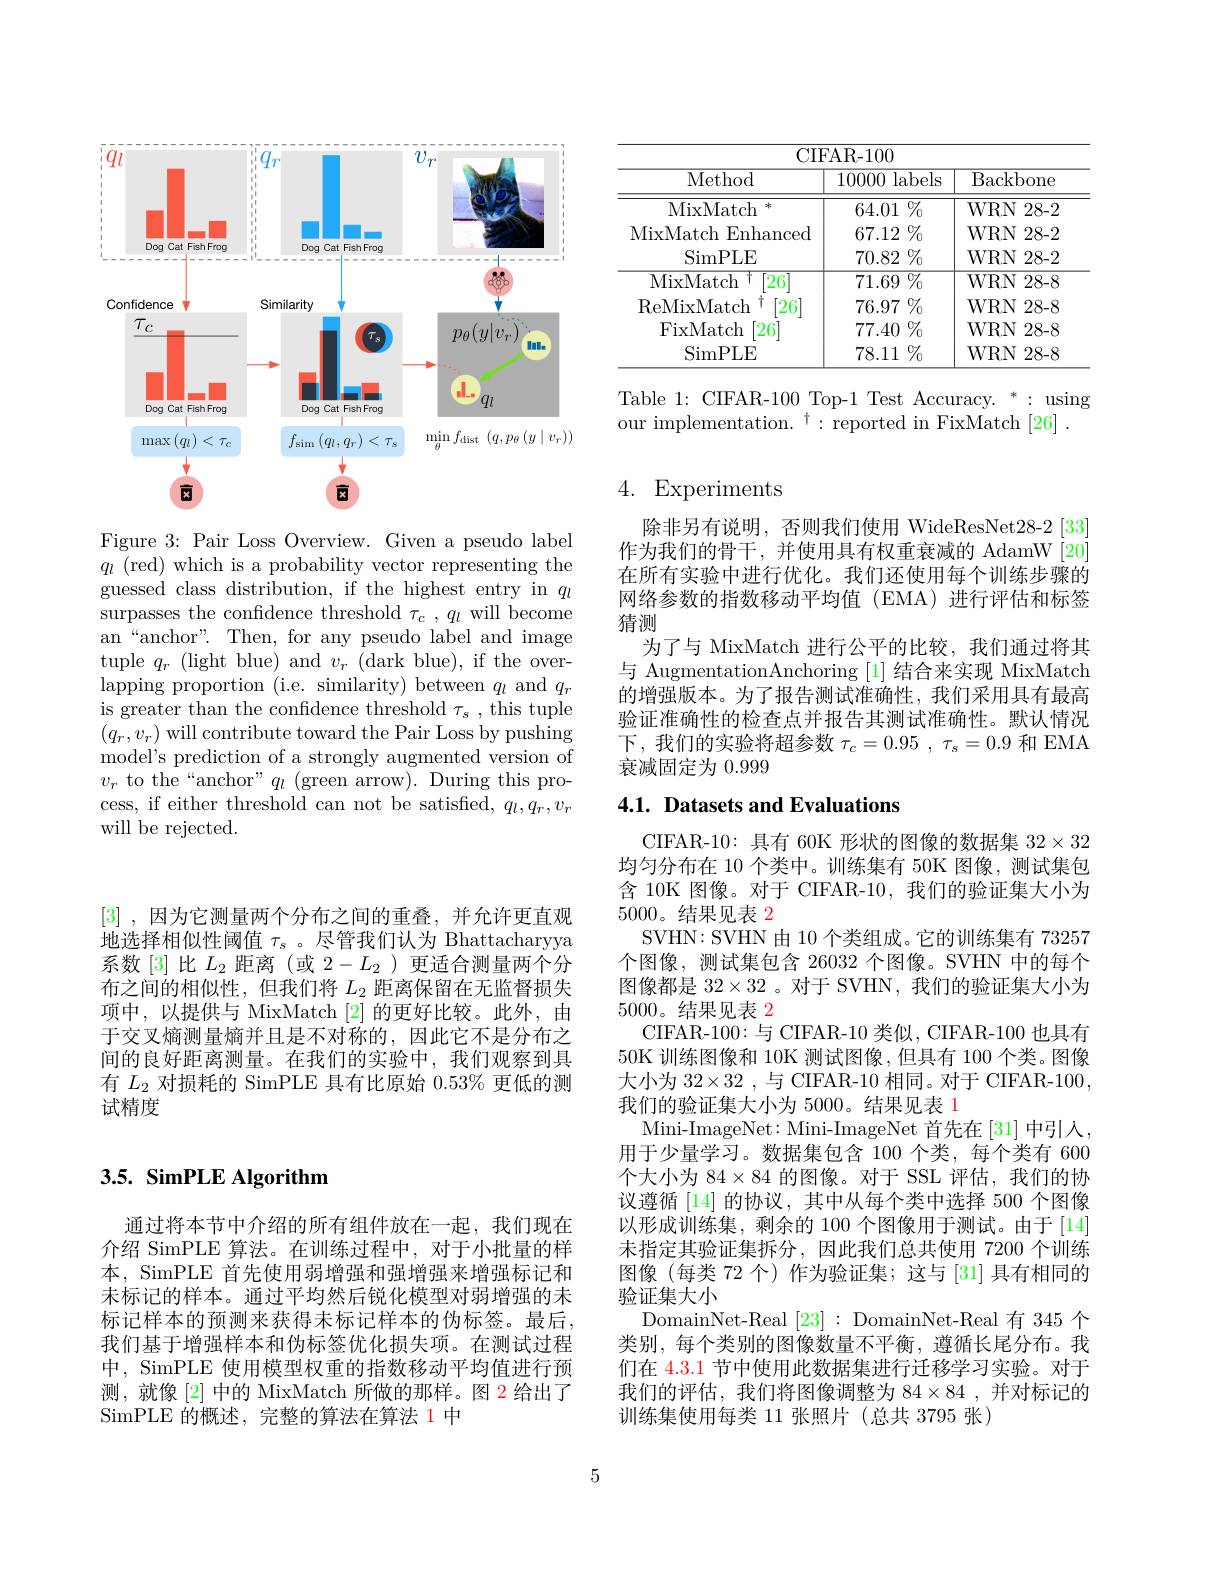
[3] , 因为它测量两个分布之间的重叠，并允许更直观地选择相似性阈值$\tau_s$ 。尽管我们认为 Bhattacharyya 系数[3]比$L_2$距离(或 $2-L_2$)更适合测量两个分布之间的相似性，但我们将$L_2$距离保留在无监督损失项中，以提供与 MixMatch [2]的更好比较。此外，由于交叉熵测量熵并且是不对称的，因此它不是分布之间的良好距离测量。在我们的实验中，我们观察到具有$L_2$对损耗的 SimPLE 具有比原始 0.53% 更低的测试精度

## $3. 5. \textbf{ SimPLE Algorithm}$

通过将本节中介绍的所有组件放在一起，我们现在介绍 SimPLE 算法。在训练过程中，对于小批量的样本，SimPLE 首先使用弱增强和强增强来增强标记和未标记的样本。通过平均然后锐化模型对弱增强的未标记样本的预测来获得未标记样本的伪标签。最后， 我们基于增强样本和伪标签优化损失项。在测试过程中，SimPLE 使用模型权重的指数移动平均值进行预测，就像 [2] 中的 MixMatch 所做的那样。图 2 给出了SimPLE 的概述，完整的算法在算法 1 中

<FigureHere>

Figure 3: Pair Loss Overview. Given a pseudo label $q_l$ ( red) which is a probability vector representing the guessed class distribution, if the highest entry in $q\iota$ surpasses the confidence threshold $\tau_c,q_l$ will become an“anchor”. Then, for any pseudo label and image tuple $q_r$ (light blue) and $v_r$ (dark blue), if the overlapping proportion (i.e. similarity) between $q_l$ and $q_r$ is greater than the confidence threshold $\tau_s$, this tuple $(q_{r},v_{r})$ will contribute toward the Pair Loss by pushing model's prediction of a strongly augmented version of $v_{r}$ to the“anchor”$q_l$ (green arrow). During this process, if either threshold can not be satisfied, $q_l,q_r,v_r$ will be rejected.

<table>
	<tbody>
		<tr>
			<th>CII</th>
			<th>FAR- 100</th>
			<th> </th>
		</tr>
		<tr>
			<th>Method</th>
			<th>10000 labels 1</th>
			<th>Backbone</th>
		</tr>
		<tr>
			<td>MixMatch $冰$</td>
			<td>64.01 $1\%$</td>
			<td>WRN 28-2</td>
		</tr>
		<tr>
			<td>MixMatch Enhanced</td>
			<td>$\%$ 67.12</td>
			<td>WRN 28-2</td>
		</tr>
		<tr>
			<td>SimPLE</td>
			<td>$\%$ 70.82</td>
			<td>WRN 28-2</td>
		</tr>
		<tr>
			<td>MixMatch T [26</td>
			<td>$\overline{71.69\%}$</td>
			<td>WRN 2 28-8 </td>
		</tr>
		<tr>
			<td>ReMixMatch 十 [26]</td>
			<td>76.97 $\%$</td>
			<td>WRN 28- 8 - </td>
		</tr>
		<tr>
			<td>SimPLE</td>
			<td>78.11 $\%$</td>
			<td>WRN 28- 8 - 1</td>
		</tr>
	</tbody>
</table>

Table 1: CIFAR-100 Top-1 Test Accuracy. *: using
our implementation.$^\dagger:$reported in FixMatch [26]

## 4. Experiments

除非另有说明，否则我们使用 WideResNet28-2[33] 作为我们的骨干，并使用具有权重衰减的 AdamW[20] 在所有实验中进行优化。我们还使用每个训练步骤的网络参数的指数移动平均值(EMA)进行评估和标签猜测
为了与 MixMatch 进行公平的比较，我们通过将其与 AugmentationAnchoring [1]结合来实现 MixMatch 的增强版本。为了报告测试准确性，我们采用具有最高验证准确性的检查点并报告其测试准确性。默认情况下，我们的实验将超参数$\tau_c=0.95,\tau_s=0.9$和 EMA 衰减固定为0.999

# 4.1. Datasets and Evaluations

CIFAR-10: 具有 60K 形状的图像的数据集$32\times32$ 均匀分布在 10 个类中。训练集有 50K 图像，测试集包含 10K 图像。对于 CIFAR-10,我们的验证集大小为5000。结果见表 2
SVHN: SVHN 由 10 个类组成。它的训练集有73257个图像，测试集包含 26032 个图像。SVHN 中的每个图像都是$32\times32$ 。对于 SVHN,我们的验证集大小为5000。结果见表2
CIFAR-100:与 CIFAR-10 类似，CIFAR-100 也具有50K 训练图像和 10K 测试图像，但具有 100 个类。图像大小为$32\times32$ ,与 CIFAR-10 相同。对于 CIFAR-100, 我们的验证集大小为 5000。结果见表 1
Mini-ImageNet: Mini-ImageNet 首先在[31] 中引入， 用于少量学习。数据集包含 100 个类，每个类有 600个大小为$84\times84$的图像。对于 SSL 评估，我们的协议遵循 [14] 的协议，其中从每个类中选择 500 个图像以形成训练集，剩余的 100 个图像用于测试。由于[14] 未指定其验证集拆分，因此我们总共使用 7200 个训练图像(每类 72 个) 作为验证集；这与[31]具有相同的验证集大小
DomainNet-Real [23]: DomainNet-Real 有 345 个类别，每个类别的图像数量不平衡，遵循长尾分布。我们在 4.3.1 节中使用此数据集进行迁移学习实验。对于我们的评估，我们将图像调整为$84\times84$ ,并对标记的训练集使用每类 11 张照片(总共 3795 张)

5